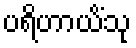
ပရိဟာယိံသု